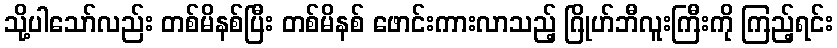
သို့ပါသော်လည်း တစ်မိနစ်ပြီး တစ်မိနစ် ဖောင်းကားလာသည့် ဂြိုဟ်ဘီလူးကြီးကို ကြည့်ရင်း